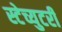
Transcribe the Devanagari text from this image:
स्टेच्युटरी